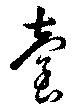
台